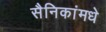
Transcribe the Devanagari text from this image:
सैनिकांमधे